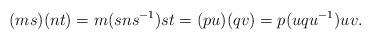
LaTeX: \begin{align*}(ms)(nt) = m(sns^{-1})st = (pu)(qv) = p(uqu^{-1})uv.\end{align*}